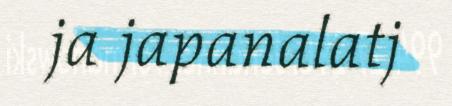
ja japanalatj